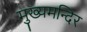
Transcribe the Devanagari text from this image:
मुख्यमन्दिर